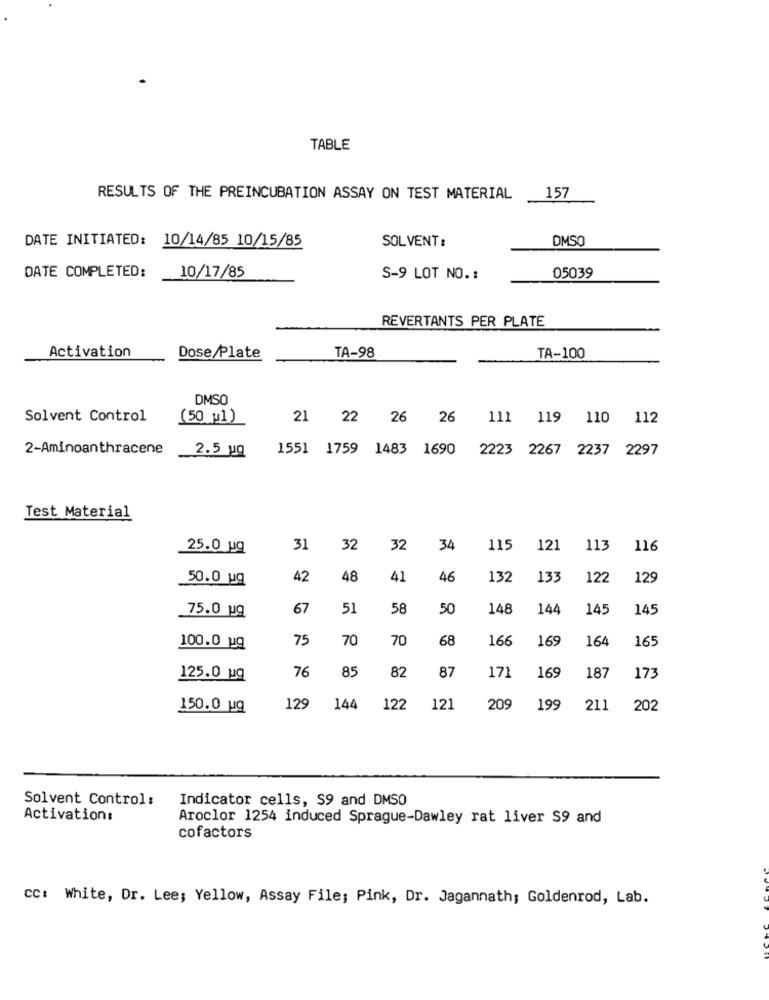
TABLE
RESULTS OF THE PREINCUBATION ASSAY ON TEST MATERIAL
157
DATE INITIATED: 10/14/85 10/15/85
SOLVENT :
DMSO
DATE COMPLETED:
10/17/85
S-9 LOT NO. :
05039
REVERTANTS PER PLATE
Activation
Dose Plate
TA-98
TA-100
DMSO
Solvent Control
(50 u1)
21 22 26 26 111 119 110 112
2-Aminoanthracene
2.5 ug
1551 1759 1483 1690
2223 2267 2237 2297
Test Material
25.0 uq
31
32
32
34
115
121
113
116
50.0 ug
42
48
41
46
132
133
122
129
67
51
58
50
148
144
145
145
75.0 ug
75
70
70
68
166
169
16
165
100.0 ug
76
85
82
87
17]
125.0 ug
169
187
173
150.0 ug
129
144
122
121
209
199
211
202
Solvent Control:
Indicator cells, S9 and DMSO
Activation:
Aroclor 1254 induced Sprague-Dawley rat liver S9 and
cofactors
cc: White, Dr. Lee; Yellow, Assay File; Pink, Dr. Jagannath; Goldenrod, Lab.